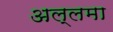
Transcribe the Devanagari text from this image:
अल्लमा